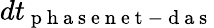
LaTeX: dt_{\mathrm{~p~h~a~s~e~n~e~t~-~d~a~s~}}